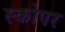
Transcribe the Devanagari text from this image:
स्कोपर